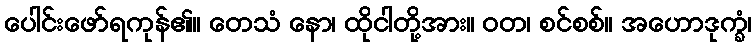
ပေါင်းဖော်ရကုန်၏။ တေသံ နော၊ ထိုငါတို့အား။ ဝတ၊ စင်စစ်။ အဟောဒုက္ခံ၊